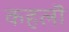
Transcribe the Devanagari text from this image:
कहलॊ